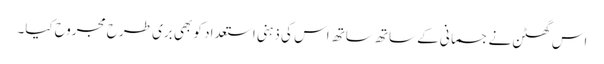
اس گھٹن نے جسمانی کے ساتھ ساتھ اس کی ذہنی استعداد کو بھی بری طرح مجروح کیا۔